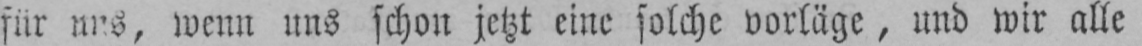
wenn uns schon jetzt eine solche vorläge, und wir alle